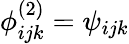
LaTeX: \phi_{ijk}^{(2)}=\psi_{ijk}